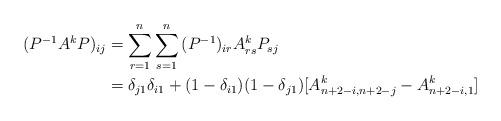
LaTeX: \begin{align*}(P^{ - 1} A^k P)_{ij} & = \sum\limits_{r = 1}^n {\sum\limits_{s = 1}^n {(P^{ - 1} )_{ir} A_{rs}^k P_{sj} } }\\&= \delta _{j1} \delta _{i1} + (1 - \delta _{i1} )(1 - \delta _{j1} )[A_{n + 2 - i,n + 2 - j}^k - A^k_{n + 2 - i,1}]\end{align*}